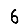
Digit: 6